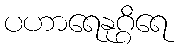
ပဟာရေနုဂ္ဂိရေ